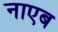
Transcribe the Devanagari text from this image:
नाएब